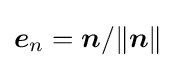
{\boldsymbol {e}}_{n}={\boldsymbol {n}}/\|{\boldsymbol {n}}\|